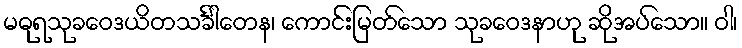
မဓုရသုခဝေဒယိတသင်္ခါတေန၊ ကောင်းမြတ်သော သုခဝေဒနာဟု ဆိုအပ်သော။ ဝါ၊